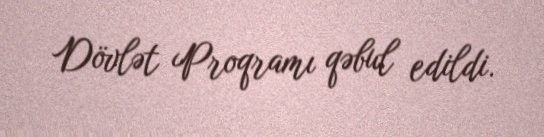
Dövlət Proqramı qəbul edildi.